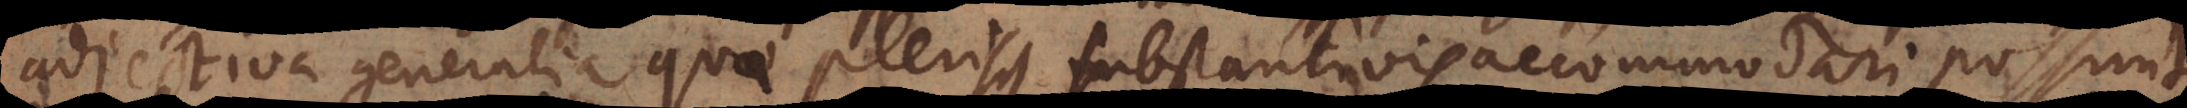
adjectiva generalia quae plerisque substantivis accommodari possunt